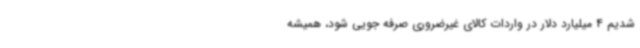
شدیم 4 میلیارد دلار در واردات کالای غیرضروری صرفه جویی شود، همیشه